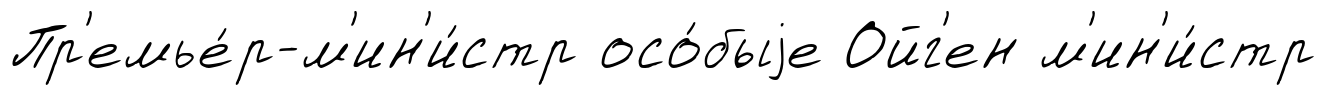
Пр'емье́р-м'ин'и́стр осо́быjе Ойг'ен м'ин'и́стр